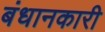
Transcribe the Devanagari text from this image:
बंधानकारी